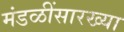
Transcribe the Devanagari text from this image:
मंडळींसारख्या